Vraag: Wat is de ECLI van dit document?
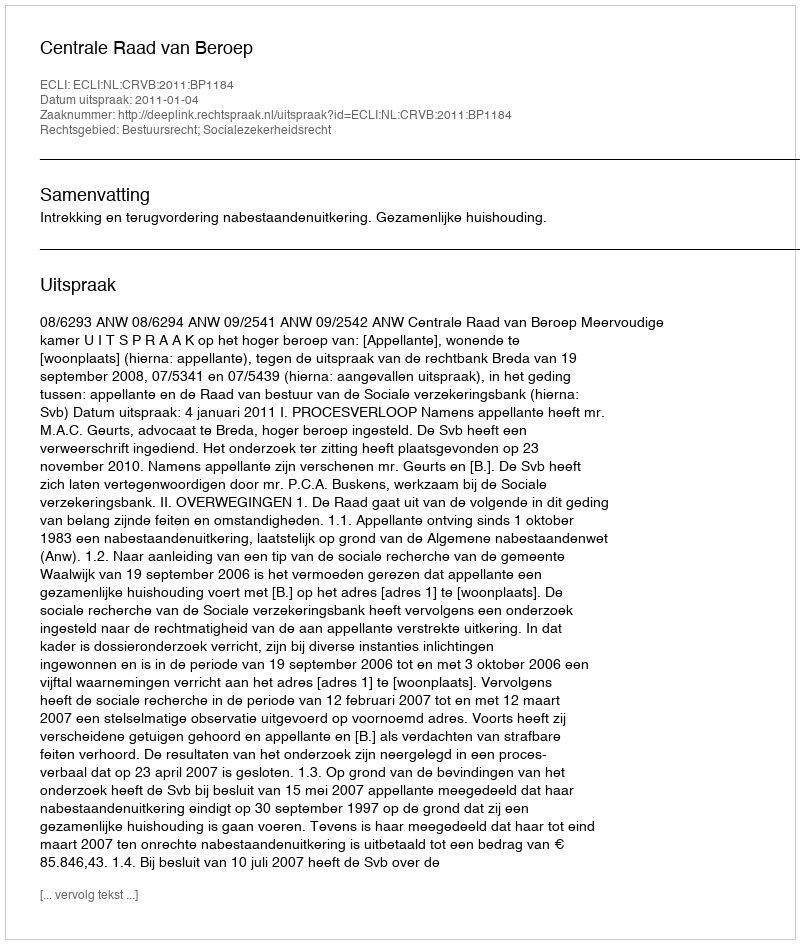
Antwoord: ECLI:NL:CRVB:2011:BP1184